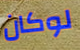
لوكان